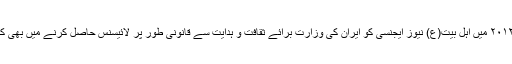
۱۷ ستمبر ۲۰۱۲ میں اہل بیت(ع) نیوز ایجنسی کو ایران کی وزارت برائے ثقافت و ہدایت سے قانونی طور پر لائیسنس حاصل کرنے میں بھی کامیابی ملی۔